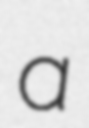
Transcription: a